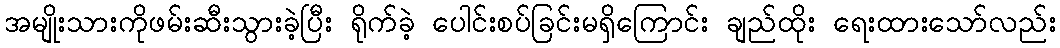
အမျိုးသားကိုဖမ်းဆီးသွားခဲ့ပြီး ရိုက်ခဲ့ ပေါင်းစပ်ခြင်းမရှိကြောင်း ချည်ထိုး ရေးထားသော်လည်း